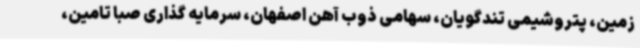
زمین، پتروشیمی تندگویان، سهامی ذوب آهن اصفهان، سرمایه گذاری صبا تامین،